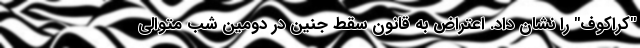
"کراکوف" را نشان داد. اعتراض به قانون سقط جنین در دومین شب متوالی